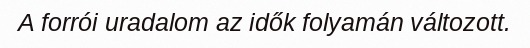
A forrói uradalom az idők folyamán változott.